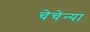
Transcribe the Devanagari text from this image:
चेचेन्या